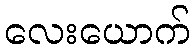
လေးယောက်